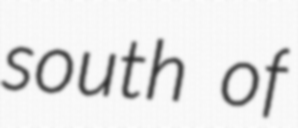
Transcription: south of